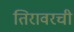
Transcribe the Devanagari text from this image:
तिरावरची